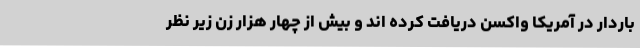
باردار در آمریکا واکسن دریافت کرده اند و بیش از چهار هزار زن زیر نظر